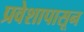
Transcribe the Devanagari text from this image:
प्रवेशापासून